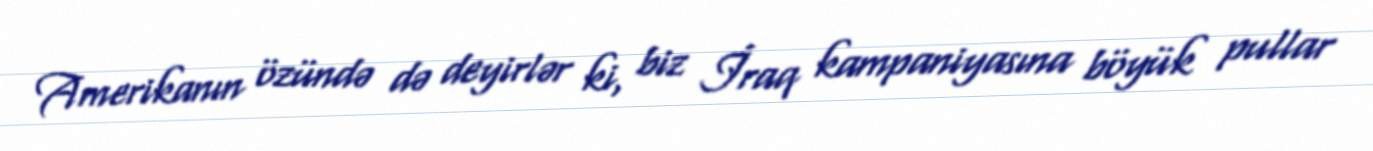
Amerikanın özündə də deyirlər ki, biz İraq kampaniyasına böyük pullar